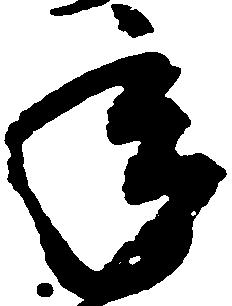
年